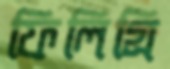
ফিলিগ্রি